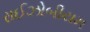
રાઈઝોબીયમ